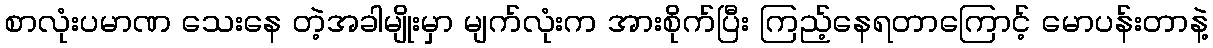
စာလုံးပမာဏ သေးနေ တဲ့အခါမျိုးမှာ မျက်လုံးက အားစိုက်ပြီး ကြည့်နေရတာကြောင့် မောပန်းတာနဲ့